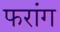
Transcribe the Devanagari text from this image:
फरांग